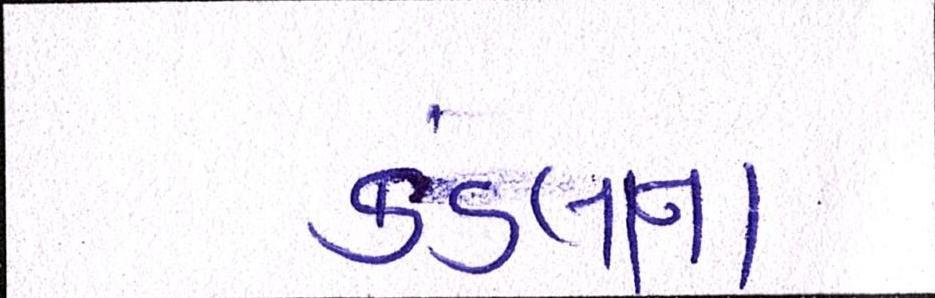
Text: કંડલાના